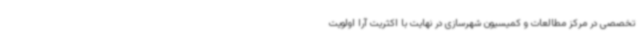
تخصصی در مرکز مطالعات و کمیسیون شهرسازی در نهایت با اکثریت آرا اولویت